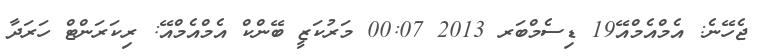
ޖެހޭނެ: އެމްއެމްއޭ19 ޑިސެމްބަރ 2013 00:07 މަރުކަޒީ ބޭންކް އެމްއެމްއޭ: ރިކަރަންޓް ހަރަދާ